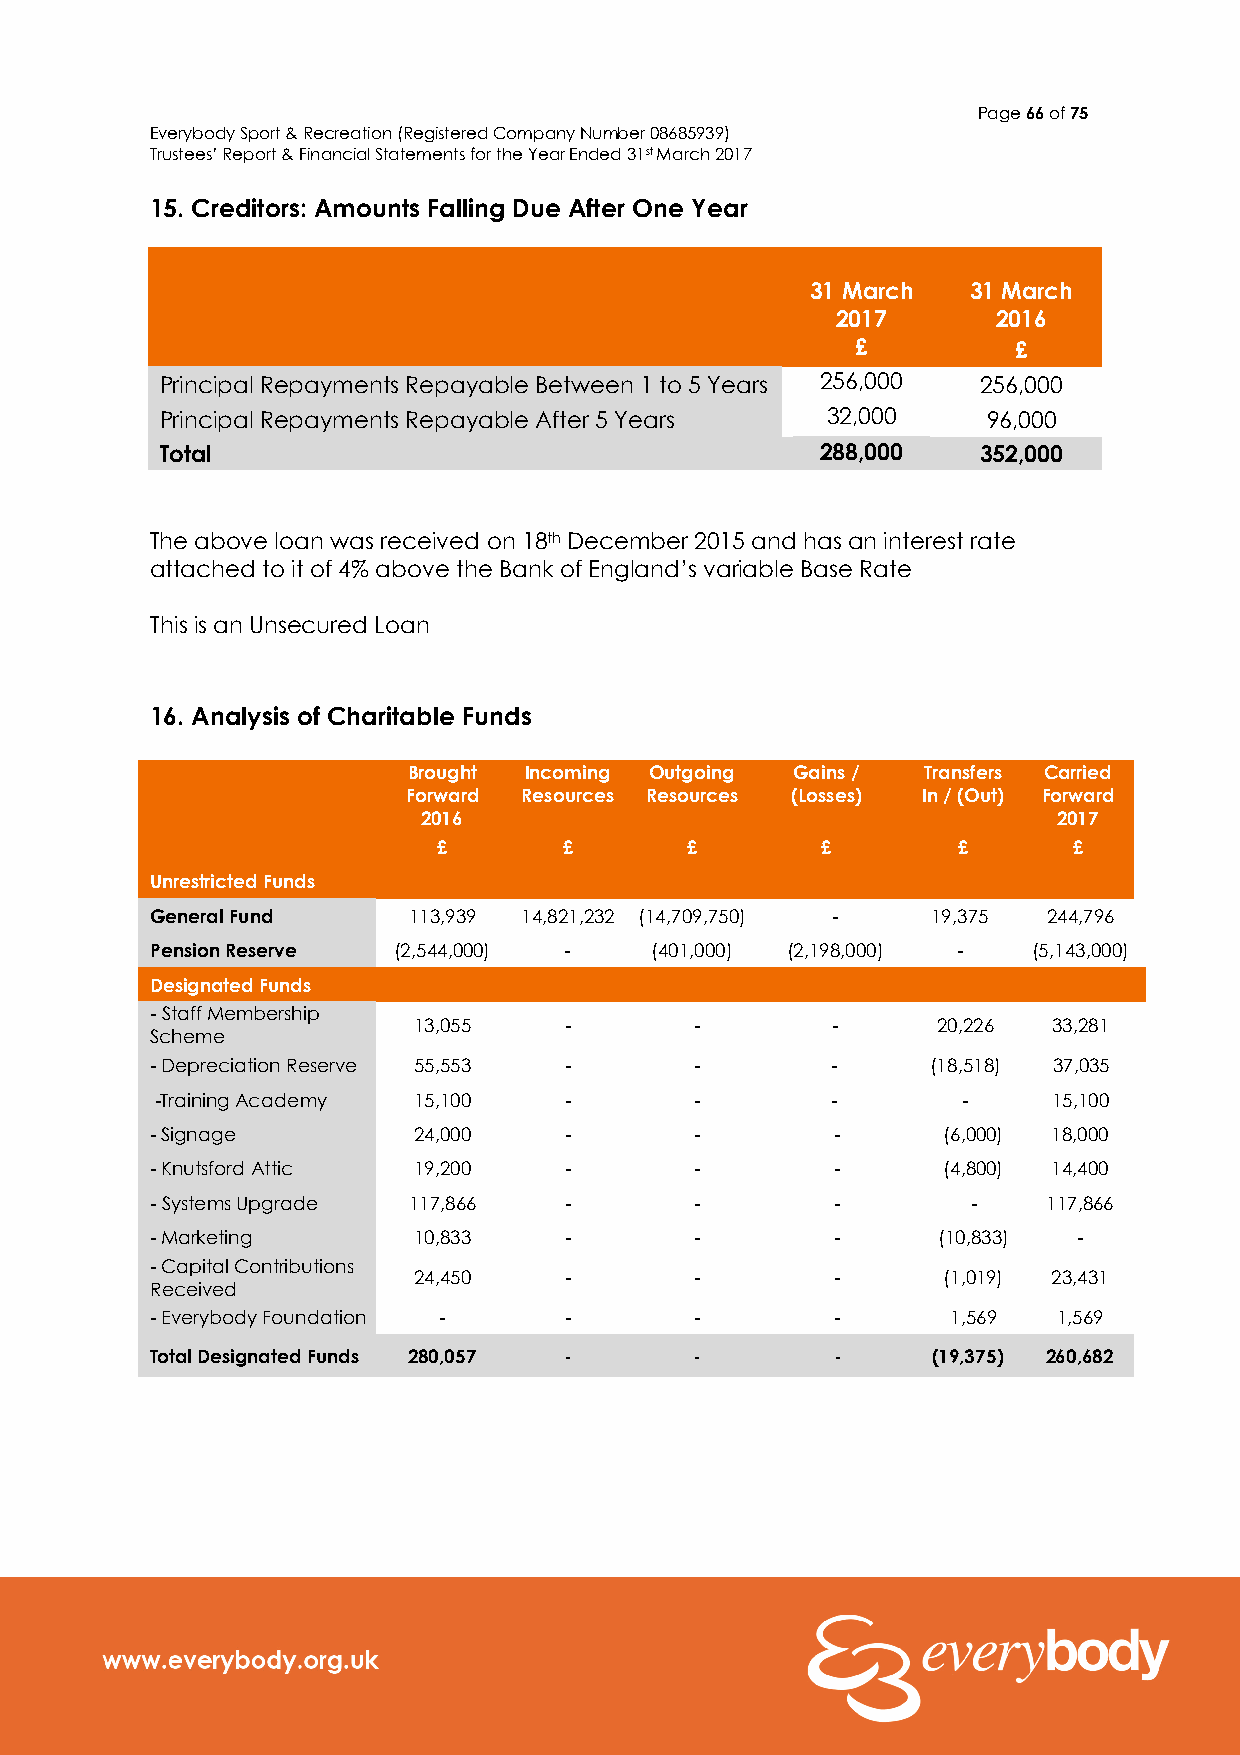
Page 66 of 75
 Everybody Sport & Recreation (Registered Company Number 08685939)
 Trustees’ Report & Financial Statements for the Year Ended 31st March 2017
 15. Creditors: Amounts Falling Due After One Year
 31 March  31 March
 2017       2016
 £         £
 Principal Repayments Repayable Between 1 to 5 Years 256,000 256,000
 Principal Repayments Repayable After 5 Years 32,000   96,000
 Total                                      288,000    352,000
 The above loan was received on 18th December 2015 and has an interest rate
 attached to it of 4% above the Bank of England’s variable Base Rate
 This is an Unsecured Loan
 16. Analysis of Charitable Funds
 Brought Incoming Outgoing Gains / Transfers Carried
 Forward Resources Resources (Losses) In / (Out) Forward
 2016                                      2017
 £       £       £        £        £       £
 Unrestricted Funds
 General Fund     113,939 14,821,232 (14,709,750) -  19,375 244,796
 Pension Reserve (2,544,000) -    (401,000) (2,198,000) -  (5,143,000)
 Designated Funds
 - Staff Membership
 13,055    -        -        -      20,226  33,281
 Scheme
 - Depreciation Reserve 55,553 -     -        -      (18,518) 37,035
 -Training Academy 15,100   -        -        -        -     15,100
 - Signage        24,000    -        -        -      (6,000) 18,000
 - Knutsford Attic 19,200   -        -        -      (4,800) 14,400
 - Systems Upgrade 117,866  -        -        -        -    117,866
 - Marketing      10,833    -        -        -      (10,833) -
 - Capital Contributions
 24,450    -        -        -      (1,019) 23,431
 Received
 - Everybody Foundation -   -        -        -       1,569  1,569
 Total Designated Funds 280,057 -    -        -      (19,375) 260,682